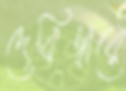
দেবিদ্বারে